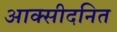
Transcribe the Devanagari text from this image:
आक्सीदनित